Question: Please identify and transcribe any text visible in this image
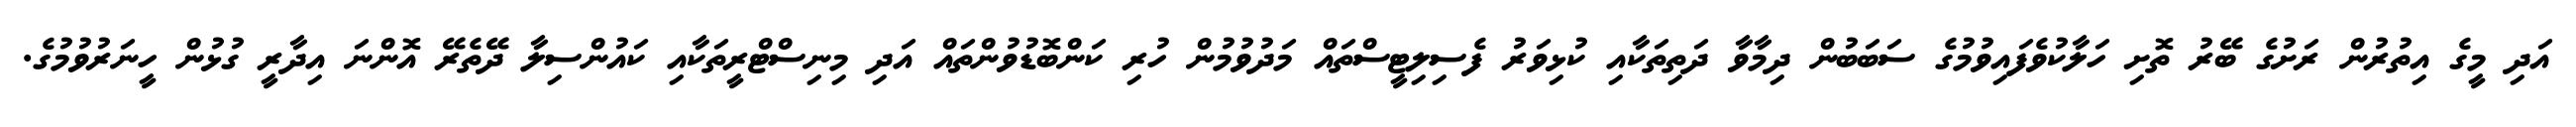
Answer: އަދި މީގެ އިތުރުން ރަށުގެ ބޭރު ތޮށި ހަލާކުވެފައިވުމުގެ ސަބަބުން ދިމާވާ ދަތިތަކާއި ކުޅިވަރު ފެސިލިޓީސްތައް މަދުވުމުން ހުރި ކަންބޮޑުވުންތައް އަދި މިނިސްޓްރީތަކާއި ކައުންސިލާ ދޭތެރޭ އޮންނަ އިދާރީ ގުޅުން ހީނަރުވުމުގެ.